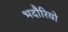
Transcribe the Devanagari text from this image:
भदौरियो